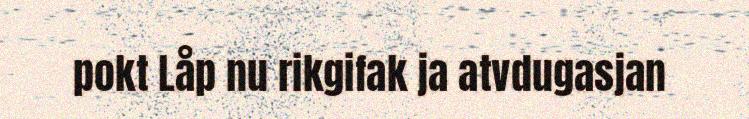
pokt Låp nu rikgifak ja atvdugasjan